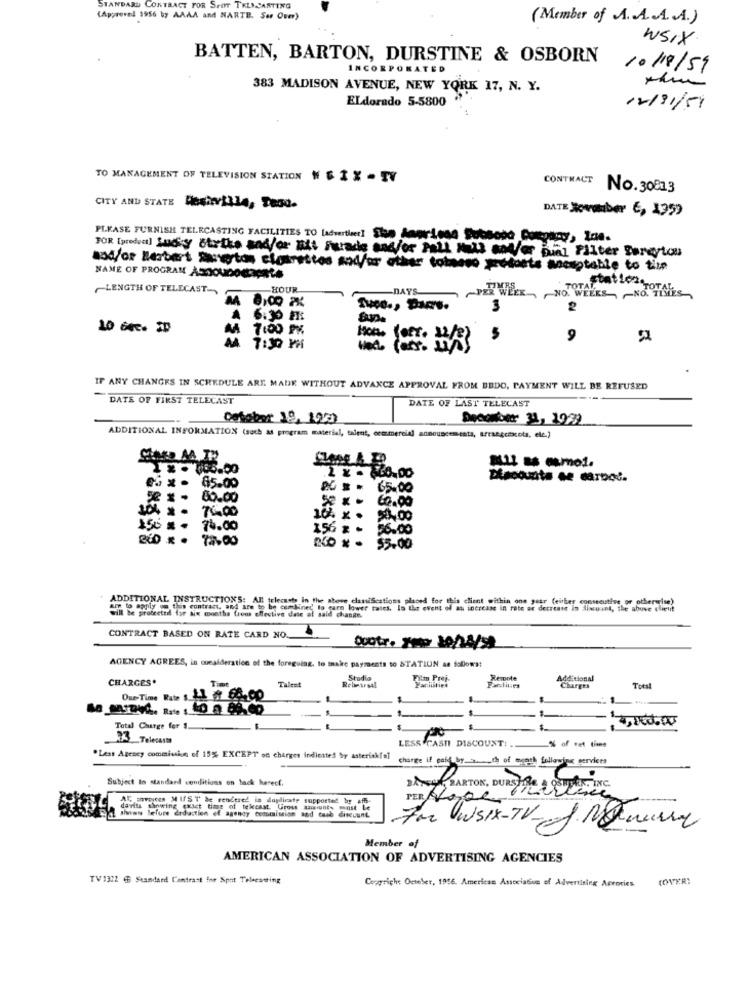
STANDARD CONTRACT FOR SPOT THENCASTING
(Approved 1956 by AAAA and NARTB. Ser Oum)
(Member of A.A.A. . A.)
WSIX
BATTEN, BARTON, DURSTINE & OSBORN
INCORPORATED
10/18/59
383 MADISON AVENUE, NEW YORK 17, N. Y.
ELdorado 5-5800
12/31/59
TO MANAGEMENT OF TELEVISION STATION " $ 1 X - TV
CONTRACT
No.30813
CITY AND STATE DeshVILLA, Teaa.
DATE Jamber €, 1359
PLEASE FURNISH TELECASTING FACILITIES TO [advertiser! She daprieng Subsodo Company, Ine.
FOR [product] Lucky Strike and/or nit Furade and/or Pall Mall and/or bial Filter Darcytou
aod/or Herbert muertos ciosrettos sodfor other totseco yretorts ancuptable to time
NAME OF PROGRAM ASDOUDOUOGRLS
~LENGTH OF TELECAST-
HOUR
DAYS
TOTAL
PER WEEK , , NO. WEEKS -NO. TIMES
3
2
7:00 PM
7:30 PM
Hon.
5
9
IF ANY CHANGES IN SCHEDULE ARE MADE WITHOUT ADVANCE APPROVAL FROM BEDO, PAYMENT WILL BE REFUSED
DATE OF FIRST TELECAST
DATE OF LAST TELECAST
Detaber 19, 122)
ADDITIONAL INFORMATION (such as program material, talent, commercial announcementa, arraegcsxcots, elc.)
1 . 660,00
65.00
65.00
60.00
70.00
60.00
76.00
156 x+
56.00
78.00
NO x - $5.00
SARA
ADDITIONAL INSTRUCTIONS: All telecasts in the above classiSestions placed for this client within one year (either consecutive or othererise)
art to apply on this contract, and are to be combined' to earn lower rates. In the event of an increase in rate or decrease in discuint, the above client
will be protecttil for aix months frons effective date of said change.
CONTRACT BASED ON RATE CARD NO.
gootr. Jose 10/24/99
AGENCY AGREES, in quesidersties of the foregoing, to make payments to STATIUN as follows:
CHARGES.
Rehearsal
Studio
Film Prej.
Remote
Additional
Time
Talent
Facilities
Politics
Charges
Due Time Rate $ 64.00
Total Charge fer 1.
33 Telecasas
LESS CASTI DISCOUNT!
"Less Agency commission of 15% EXCEPT on charges indiested by asterisk[s]
charge if paid by .. . th of month following services
Subject to standard conditions on back herect.
3APEUR BARTON, DURS HA
AL invoices MUST be rendered in duplicate sup
PER Aoblo
davits showing exact time of tekcast. Gross and
show Before Erduction of agency commision and
diwecanC
For WSIX-TV- . Manure
Member of
AMERICAN ASSOCIATION OF ADVERTISING AGENCIES
TV 1322 @ Standard Contrast for Sipot Telsesering
COVER:
Copyright October, 1956. American Association of Advertising Ageories